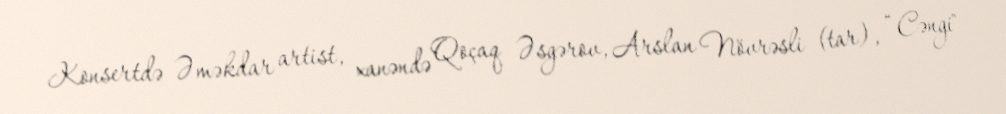
Konsertdə Əməkdar artist, xanəndə Qoçaq Əsgərov, Arslan Növrəsli (tar), “Cəngi"